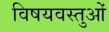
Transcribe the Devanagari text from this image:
विषयवस्‍तुओं